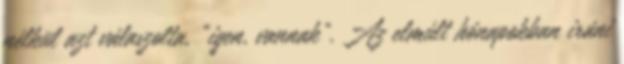
nélkül azt válaszolta, “igen, vannak”. Az elmúlt hónapokban iráni